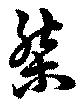
桀